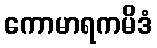
ကောမာရကမိဒံ